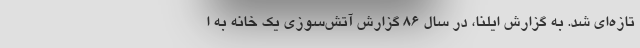
تازه‌ای شد. به گزارش ایلنا، در سال ۸۶ گزارش آتش‌سوزی یک خانه به ا